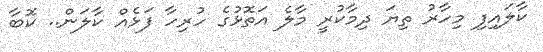
ކާލައިފި މިހާރު ތިޔަ ދިމާކުރީ މާލެ އަތޮޅުގެ ހުރިހާ ފަޅެއް ކާލަން.. ކޮބާ